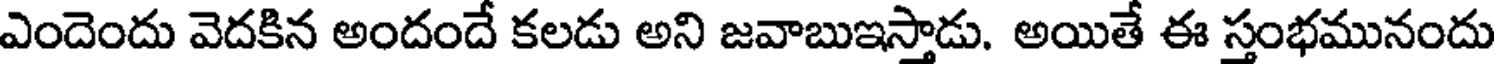
ఎందెందు వెదకిన అందందే కలడు అని జవాబుఇస్తాడు. అయితే ఈ స్తంభమునందు